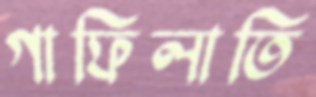
গাফিলাতি